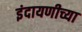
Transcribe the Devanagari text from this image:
इंदायणीच्या